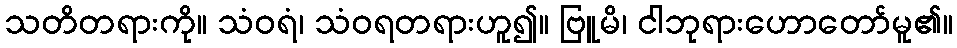
သတိတရားကို။ သံဝရံ၊ သံဝရတရားဟူ၍။ ဗြူမိ၊ ငါဘုရားဟောတော်မူ၏။